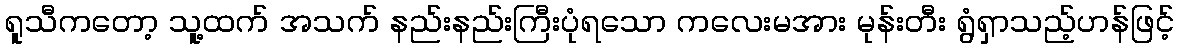
ရူသီကတော့ သူ့ထက် အသက် နည်းနည်းကြီးပုံရသော ကလေးမအား မုန်းတီး ရွံရှာသည့်ဟန်ဖြင့်